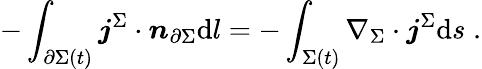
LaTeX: -\int_{\partial\Sigma(t)}\boldsymbol{j}^{\Sigma}\cdot\boldsymbol{n}_{\partial\Sigma}\mathrm{d}l=-\int_{\Sigma(t)}\nabla_{\Sigma}\cdot\boldsymbol{j}^{\Sigma}\mathrm{d}s\; .